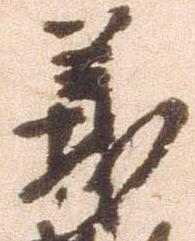
義